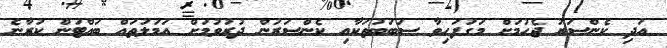
އަދި ކެންސަރު ޖެހުމަށް މަގުފަހިވާ ސަބަބުތަކާއި ކެންސަރުން ދުރުވުމަށް އަމަލުތައް ބައްޓަން ކުރާނެ